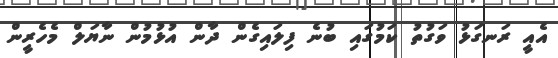
އެއީ ރަނގަޅު ވަގުތު ކަމުގައި ބުނެ ފިލައިގެން ދާން އުޅުމުން ނާޔަލް މެހެރީން